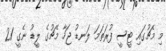
މި މެޗުގައި ޓީސީ ފުރަތަމަ ލަނޑު ޖަހާ މެޗުގެ ލީޑު ނެގީ 21